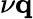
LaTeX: \nu\mathbf{q}